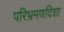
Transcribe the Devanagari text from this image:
परिभ्रमणदिशा